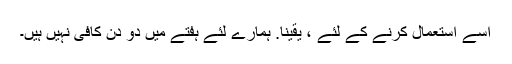
اسے استعمال کرنے کے لئے ، یقینا. ہمارے لئے ہفتے میں دو دن کافی نہیں ہیں۔